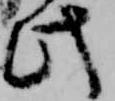
此